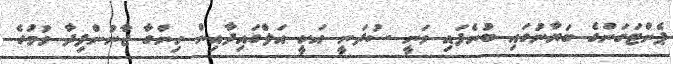
ޕެންޓަގަންގެ ބަޔާނުގައި ބުނެފައި ވަނީ ސުދަނީ އަކީ އަލްގައިދާއިން ހިންގާ ޖާނުންފިދާ ވުމުގެ